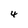
Character: 4